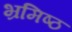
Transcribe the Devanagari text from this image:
भ्रमिष्ठ